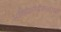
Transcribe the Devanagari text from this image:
भक्तिकार्यकलापों